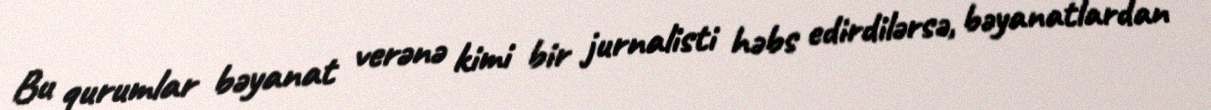
Bu qurumlar bəyanat verənə kimi bir jurnalisti həbs edirdilərsə, bəyanatlardan